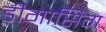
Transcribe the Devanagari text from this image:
डीगासिंग